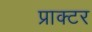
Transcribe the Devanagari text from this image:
प्राक्टर